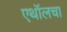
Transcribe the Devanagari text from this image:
एथॉलचा